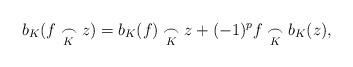
LaTeX: \begin{align*} b_K(f \underset{K}{\frown} z)= b_K(f) \underset{K}{\frown} z +(-1)^p f \underset{K}{\frown} b_K(z),\end{align*}